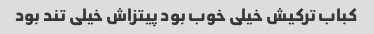
کباب ترکیش خیلی خوب بود پیتزاش خیلی تند بود